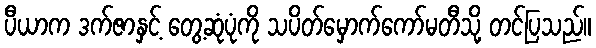
ပီယာက ဒက်ဇာနှင့် တွေ့ဆုံပုံကို သပိတ်မှောက်ကော်မတီသို့ တင်ပြသည်။